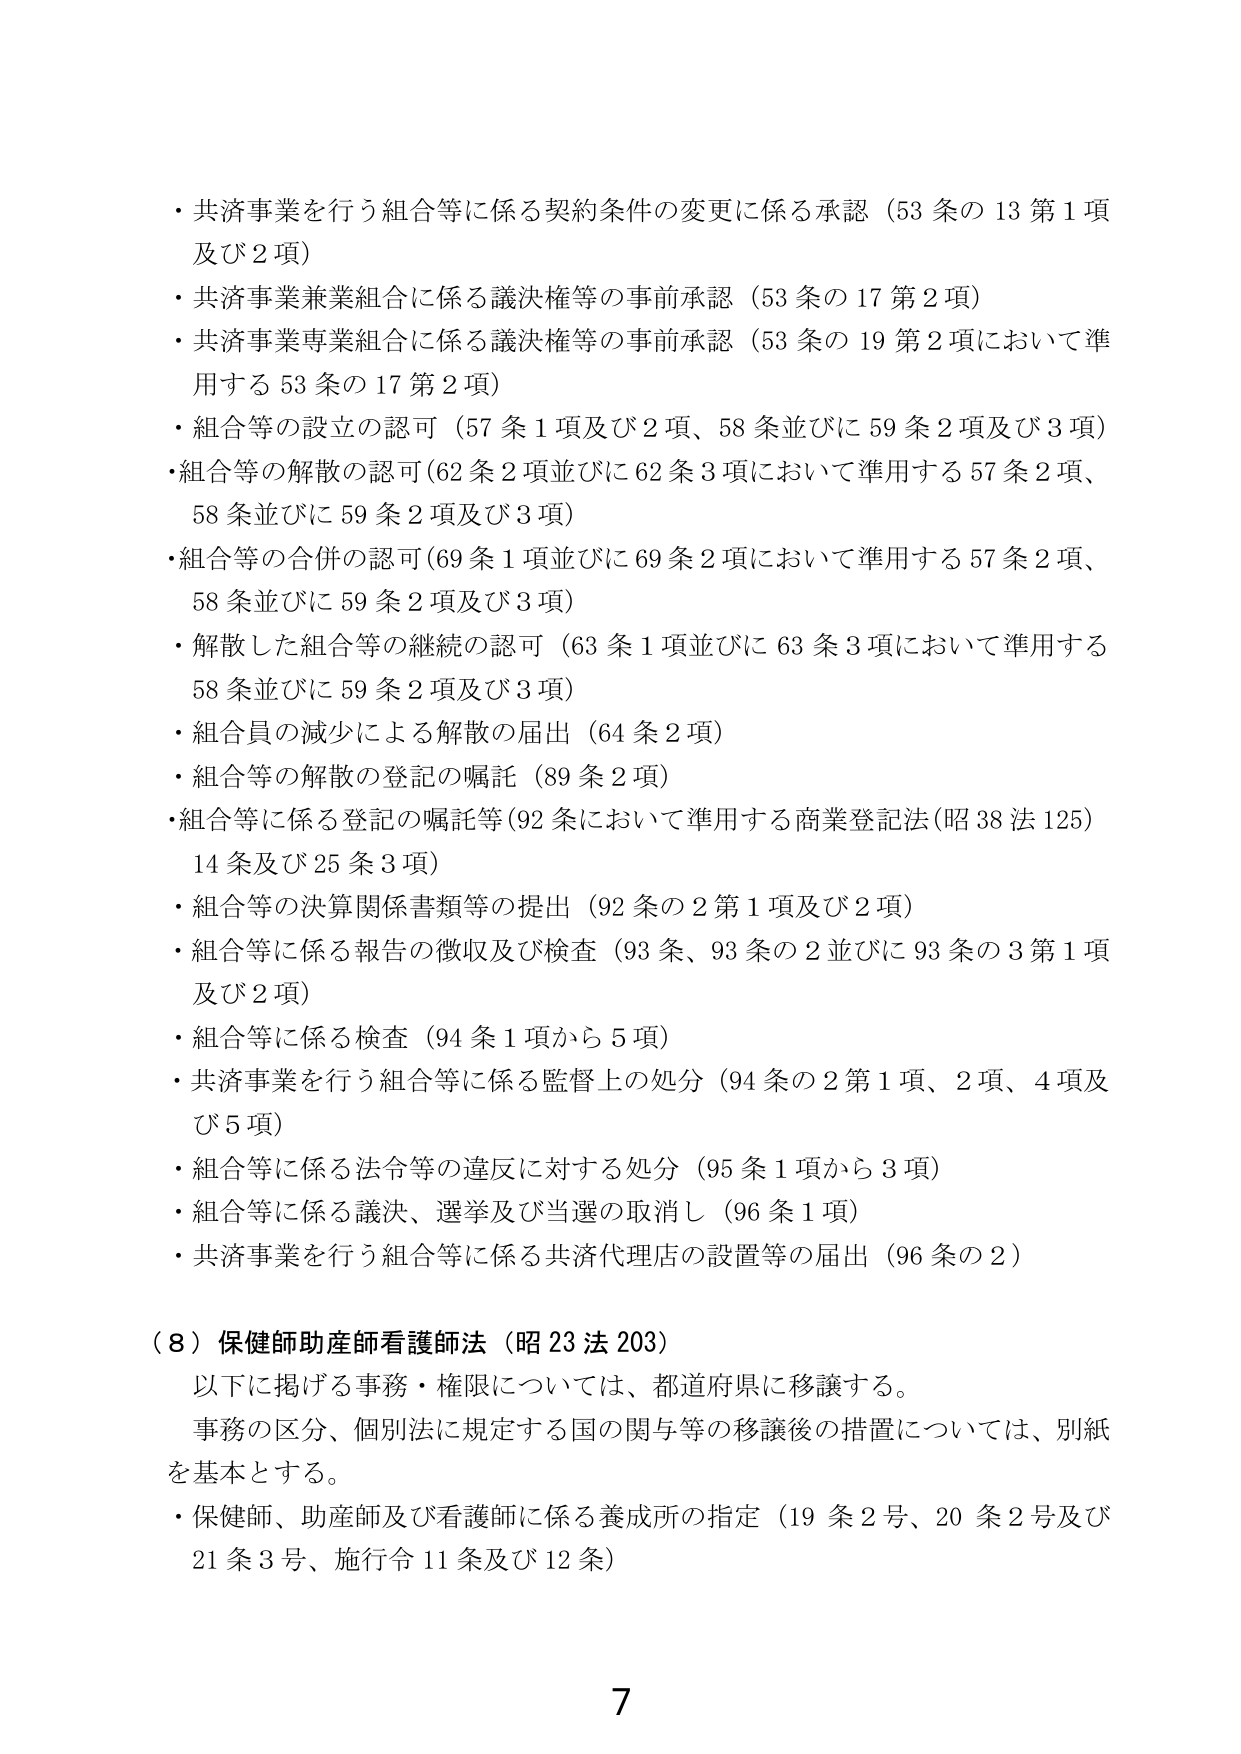
・共済事業を行う組合等に係る契約条件の変更に係る承認（53条の13第1項及び2項）
・共済事業兼業組合に係る議決権等の事前承認（53条の17第2項）
・共済事業専業組合に係る議決権等の事前承認（53条の19第2項において準用する53条の17第2項）
・組合等の設立の認可（57条1項及び2項、58条並びに59条2項及び3項）
・組合等の解散の認可（62条2項並びに62条3項において準用する57条2項、58条並びに59条2項及び3項）
・組合等の合併の認可（69条1項並びに69条2項において準用する57条2項、58条並びに59条2項及び3項）
・解散した組合等の継続の認可（63条1項並びに63条3項において準用する58条並びに59条2項及び3項）
・組合員の減少による解散の届出（64条2項）
・組合等の解散の登記の嘱託（89条2項）
・組合等に係る登記の嘱託等（92条において準用する商業登記法（昭38法125）14条及び25条3項）
・組合等の決算関係書類等の提出（92条の2第1項及び2項）
・組合等に係る報告の徴収及び検査（93条、93条の2並びに93条の3第1項及び2項）
・組合等に係る検査（94条1項から5項）
・共済事業を行う組合等に係る監督上の処分（94条の2第1項、2項、4項及び5項）
・組合等に係る法令等の違反に対する処分（95条1項から3項）
・組合等に係る議決、選挙及び当選の取消し（96条1項）
・共済事業を行う組合等に係る共済代理店の設置等の届出（96条の2）

（8）保健師助産師看護師法（昭23法203）
　以下に掲げる事務・権限については、都道府県に移譲する。
　事務の区分、個別法に規定する国の関与等の移譲後の措置については、別紙を基本とする。
・保健師、助産師及び看護師に係る養成所の指定（19条2号、20条2号及び21条3号、施行令11条及び12条）

7